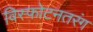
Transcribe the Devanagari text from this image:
विस्फोटनतरंग